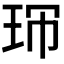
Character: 𤤚